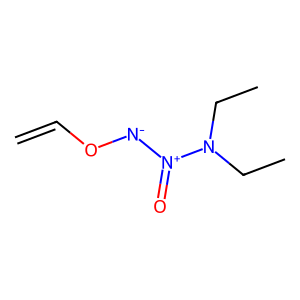
SMILES: C=CO[N-][N+](=O)N(CC)CC
Inhibits HIV replication: No